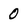
Character: 0